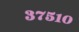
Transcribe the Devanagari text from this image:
३७५१०